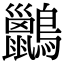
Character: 𪇹